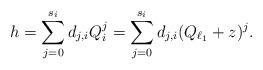
LaTeX: \begin{align*}h=\sum\limits_{j=0}^{s_i}d_{j,i}Q_i^j=\sum\limits_{j=0}^{s_i}d_{j,i}(Q_{\ell_1}+z)^j.\end{align*}